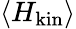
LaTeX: \langle H_{\mathrm{kin}}\rangle